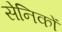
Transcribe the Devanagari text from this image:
सेनिकों